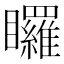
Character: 𭿳